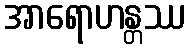
အာရောဟန္တဿ